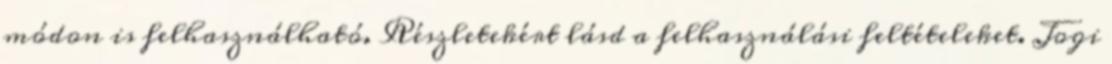
módon is felhasználható. Részletekért lásd a felhasználási feltételeket. Jogi